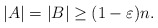
\begin{align*}|A|=|B|\geq (1-\varepsilon)n.\end{align*}